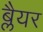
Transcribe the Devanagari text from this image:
ब्लैयर